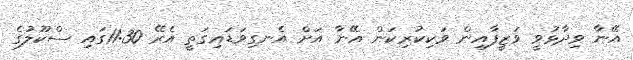
އޭނާ ވިދާޅުވީ ވަޒީފާއިން ވަކިކުރިކަން އޭނާ އަށް އެނގިވަޑައިގަތީ އެރޭ 11:30ގައި ސްކޫލުގެ